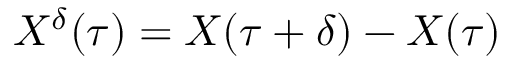
X ^ { \delta } ( \tau ) = X ( \tau + \delta ) - X ( \tau )